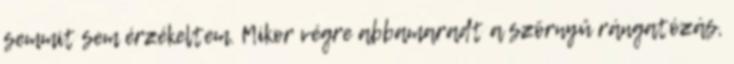
semmit sem érzékeltem. Mikor végre abbamaradt a szörnyű rángatózás,